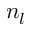
n _ { l }